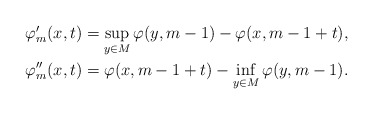
\begin{align*}\begin{aligned}\varphi'_m (x,t) = \sup_{y\in M} \varphi (y, m - 1) - \varphi(x, m - 1 + t),\\\varphi''_m(x,t) = \varphi (x, m - 1 + t) - \inf_{y\in M} \varphi(y, m - 1).\end{aligned}\end{align*}